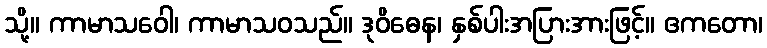
သို့။ ကာမာသဝေါ၊ ကာမာသဝသည်။ ဒုဝိဓေန၊ နှစ်ပါးအပြားအားဖြင့်။ ဧကတော၊